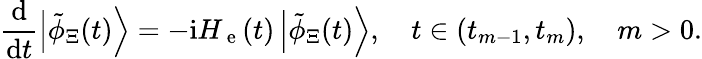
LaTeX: \frac{\mathrm{d}}{\mathrm{d}t}\left|\tilde{\phi}_{\Xi}(t)\right\rangle=-\mathrm{i}H_{\mathrm{~e~}}(t)\left|\tilde{\phi}_{\Xi}(t)\right\rangle,\quad t\in\left(t_{m-1},t_{m}\right),\quad m>0.